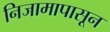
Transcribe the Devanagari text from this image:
निजामापासून